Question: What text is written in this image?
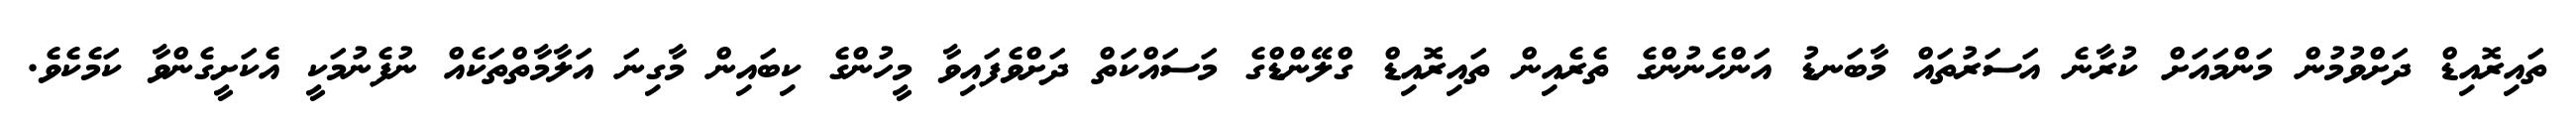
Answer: ތައިރޮއިޑް ދަށްވުމުން މަންމައަށް ކުރާނެ އަސަރުތައް މާބަނޑު އަންހެނުންގެ ތެރެއިން ތައިރޮއިޑް ގްލޭންޑްގެ މަސައްކަތް ދަށްވެފައިވާ މީހުންގެ ކިބައިން މާގިނަ އަލާމާތްތަކެއް ނުފެނުމަކީ އެކަށީގެންވާ ކަމެކެވެ.